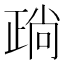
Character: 𣦎